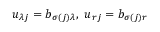
u _ { \lambda j } = b _ { \sigma ( j ) \lambda } , \ u _ { r j } = b _ { \sigma ( j ) r }